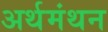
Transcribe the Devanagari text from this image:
अर्थमंथन